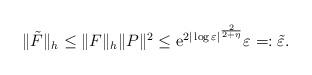
LaTeX: \begin{align*}\|\tilde{F}\|_{h}\leq \|F\|_{h} \|P\|^{2} \leq {\rm e}^{2|\log \varepsilon|^{\frac{2}{2+\eta}}} \varepsilon =:\tilde{\varepsilon}.\end{align*}